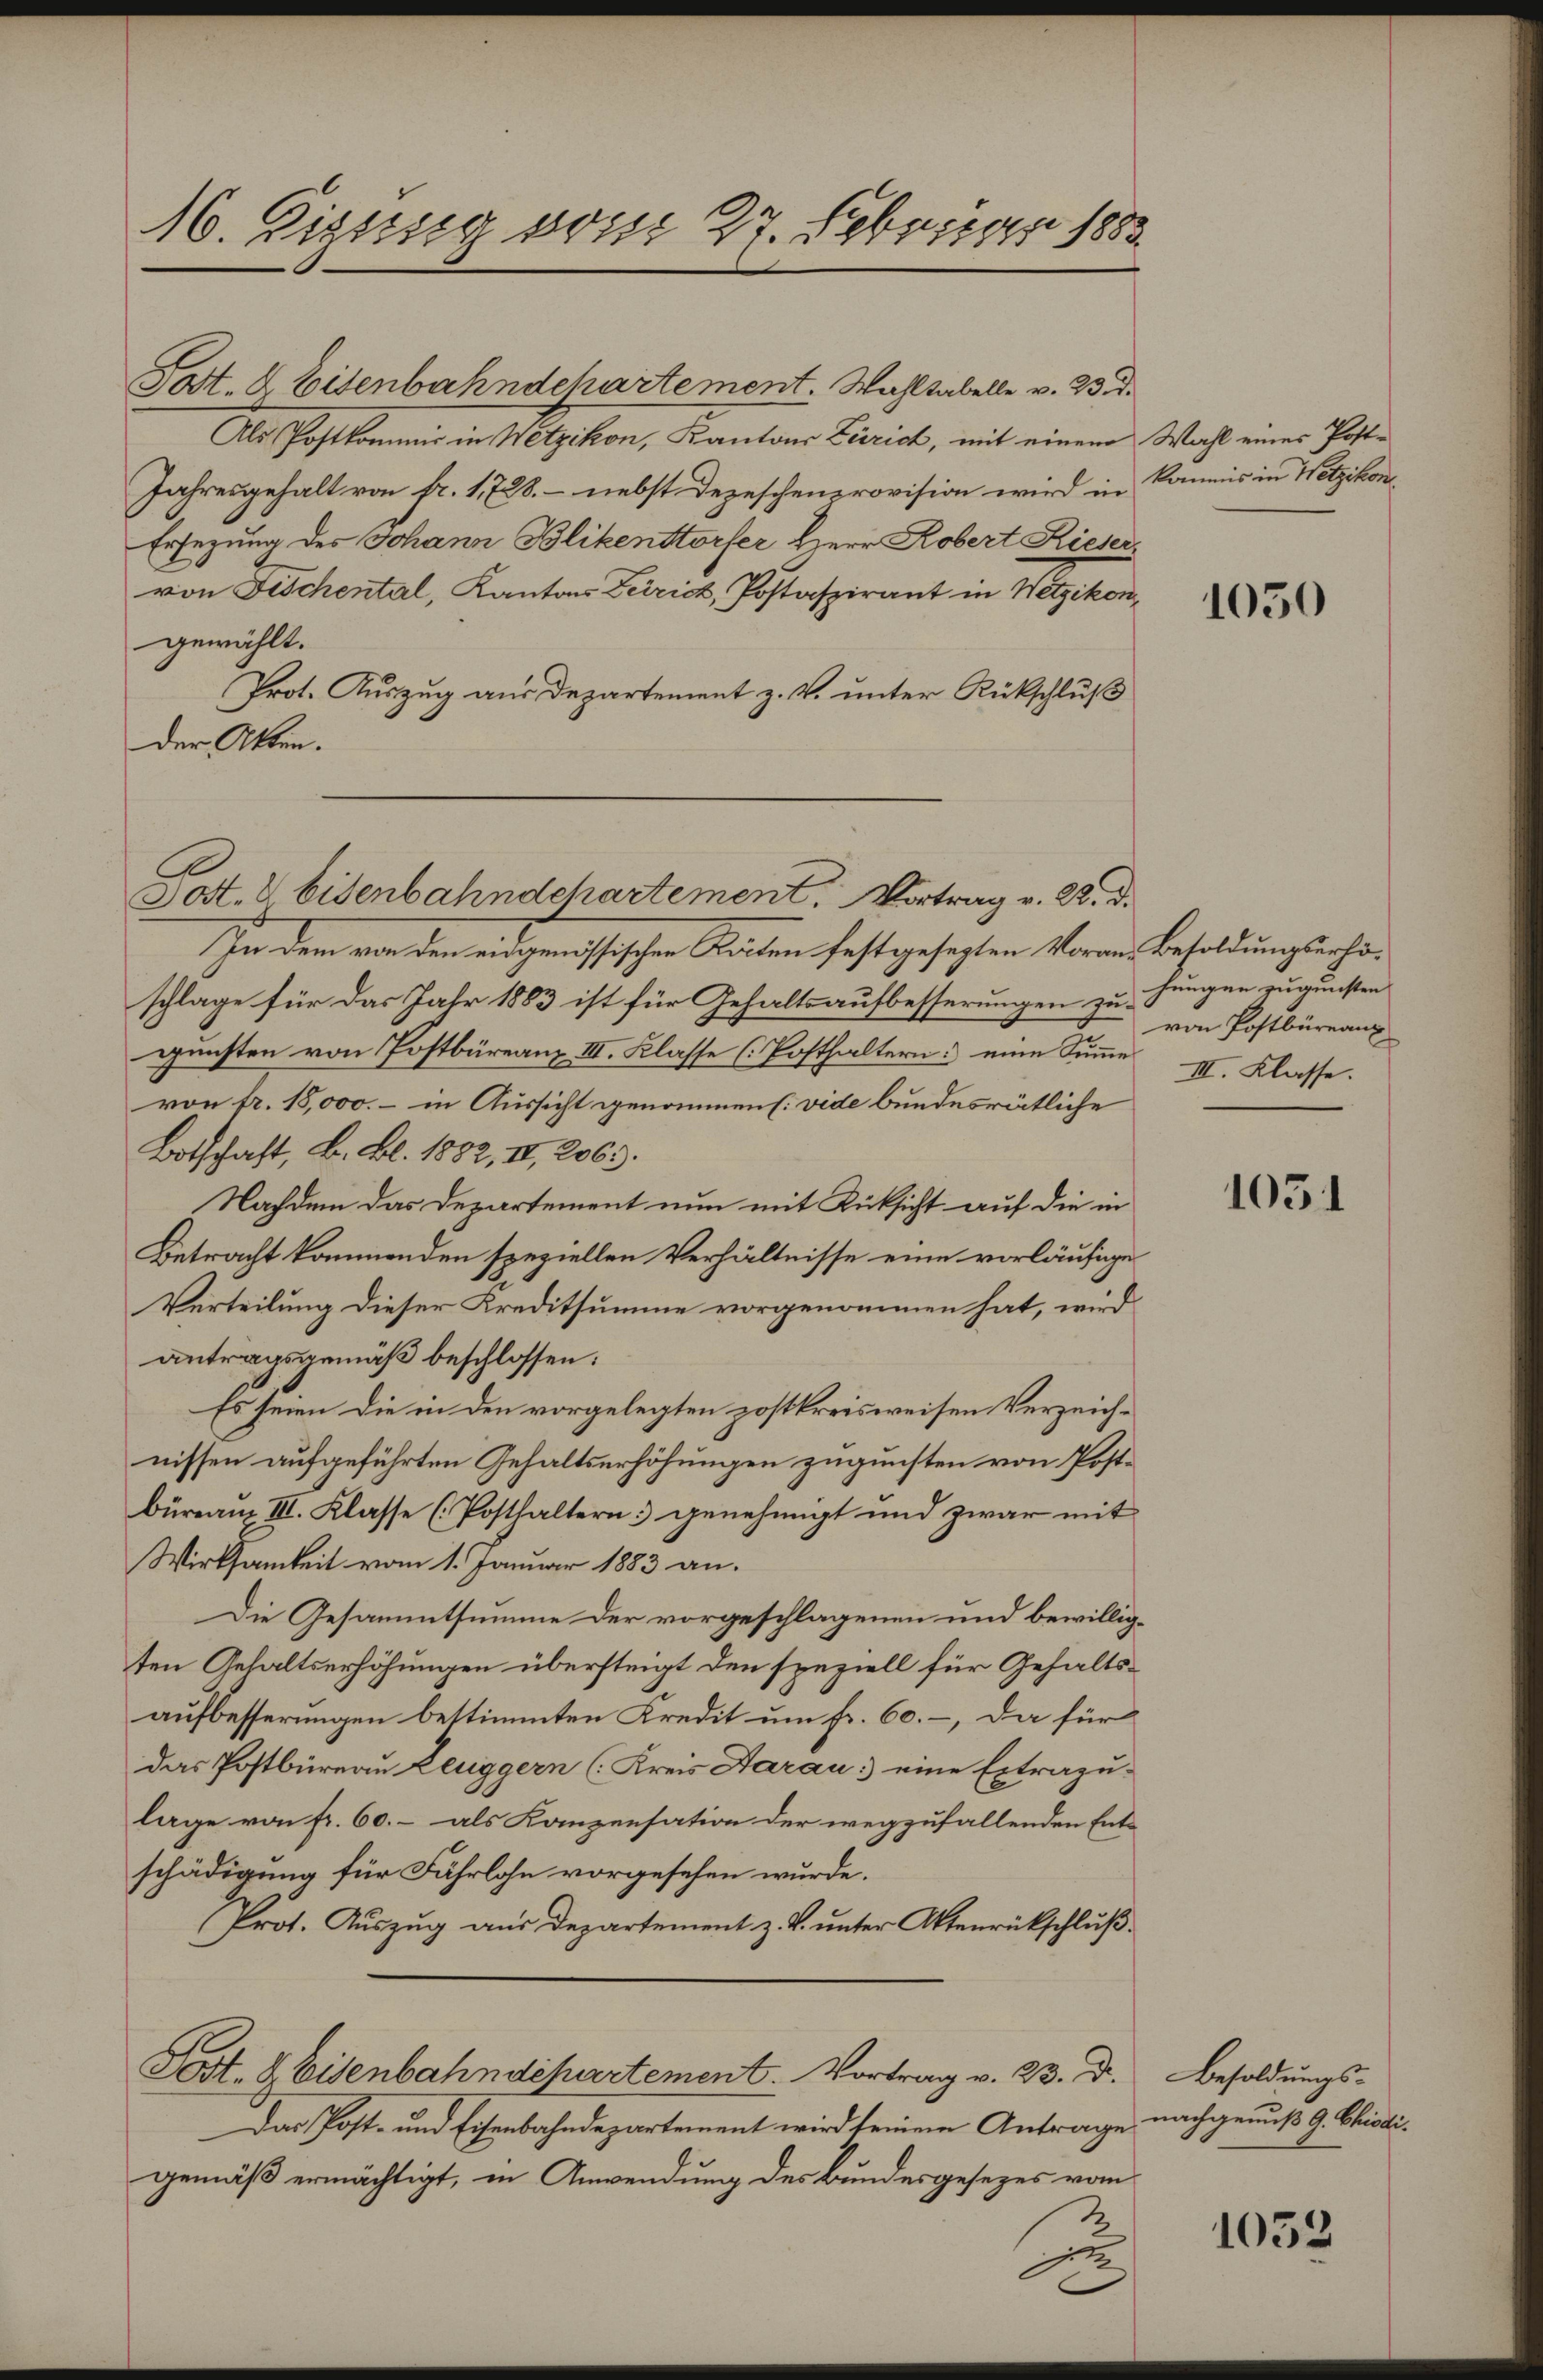
16. Disses vom 27 Februar 1882

Post- & Eisenbahndchartement. Wahltabelle v. 23. d.
Als Postkommis in Wetzikon, Kantons Zürich, mit einem Wahl eines Post¬
Jahresgehalt von fr. 1728. - nebst Depeschenprovision wird in Kommis in Wetzikon,
Ersezung des Johann Blikenttorfer Herr Kobert Rieser
von Fischental, Kantons Terrich, Postaszirant in Wetzikon,
gewählt.
Prot. Auszug aus Departement z. V. unter Rückschluß
der Akten.

In dem von den eidgenössischen Karten festgesezten Voraus Besoldungserhoschlage für das Jahr 1883 ist für Gehaltsaufbesserungen zu Hangen zugunsten
gunsten von Postbüreaux III. Klasse (Posthaltern: eine Summe
von fr. 15,000. – in Aussicht genommen [vide bundesrätliche
Botschaft, B. Bl. 1882, II, 2063.
Nachdem das Departement nun mit Rücksicht auf die in
Betracht kommenden speziellen Verhältnisse eine vorläufig
Verteilung dieser Kreditsumme vorgenommen hat, wird
antragsgemäß beschlossen:
Es seien die in den vorgelegten postkreisweisen Verzeichnissen aufgeführten Gehaltserhöhungen zugunsten von Post
büreaux III. Klasse (Posthaltern genehmigt und zwar mit
Wirksamkeit vom 1. Januar 1883 an.
Die Gesammtsumme der vorgeschlagenen und bewillig
ten Gehaltserhöhungen übersteigt den speziell für Gehalts
aufbesserungen bestimmten Kredit um fr. 60. -, da für
das Postbüreau Leuggern (Kreis Aarau eine Extrazu-
lage von fr. 60.- als Kanzensation der wegzufallenden Ent
schädigung für Fährlohn vorgesehen wurde.
Prot. Aŭszŭg aŭs Departement z. B. ŭnter Aktenrückschlŭβ
Post. Weisenbahndepartement. Vortrag v. 23. Dr.
Das Post- und Eisenbahndepartement wird seinem Antrage
gemäß ermächtigt, in Anwendung des Bundesgesezes vom
jet

Post. 8 Eisenbahndchartement. Vortrag v. B. d.

1050

von Postbüreau
III. Klasse.

1051

Besoldungsnachgenuß G. Chisdi¬

1052